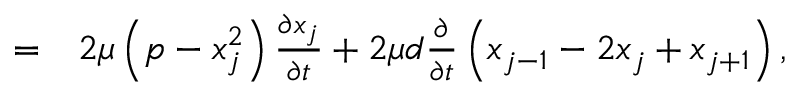
\begin{array} { r l } { = } & { { } 2 \mu \left( p - x _ { j } ^ { 2 } \right) \frac { \partial x _ { j } } { \partial t } + 2 \mu d \frac { \partial } { \partial t } \left( x _ { j - 1 } - 2 x _ { j } + x _ { j + 1 } \right) , } \end{array}